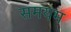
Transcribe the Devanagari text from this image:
समयम